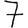
Digit: 7